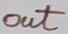
Text: out